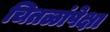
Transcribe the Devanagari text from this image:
चितळांपेक्षा